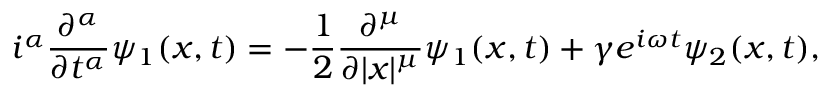
i ^ { \alpha } \frac { \partial ^ { \alpha } } { \partial t ^ { \alpha } } \psi _ { 1 } ( x , t ) = - \frac { 1 } { 2 } \frac { \partial ^ { \mu } } { \partial | x | ^ { \mu } } \psi _ { 1 } ( x , t ) + \gamma e ^ { i \omega t } \psi _ { 2 } ( x , t ) ,